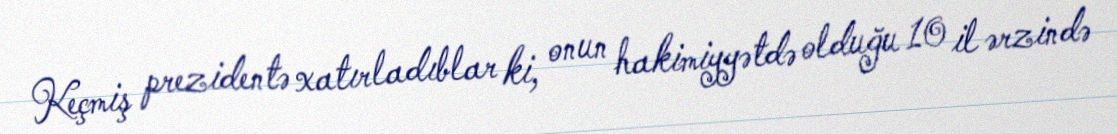
Keçmiş prezidentə xatırladıblar ki, onun hakimiyyətdə olduğu 10 il ərzində